Lunatic asylums Madras 1877-1891 - 1877-1891
Year: 1877
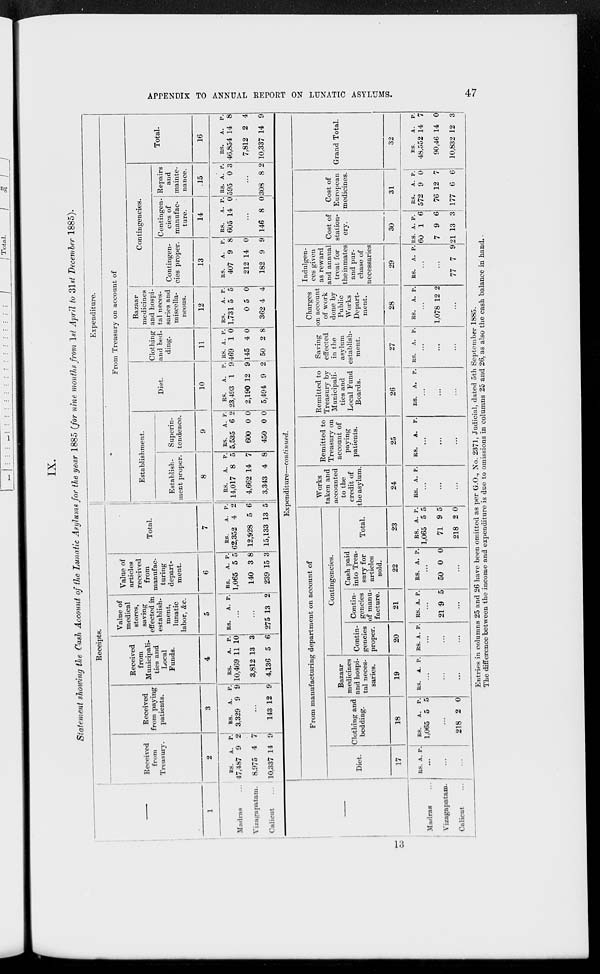
APPENDIX TO ANNUAL REPORT ON LUNATIC
ASYLUMS.
47
IX.
Statement showing the Cash Account of the Lunatic Asylums for the year 1885 (for nine months from 1st April to 31st December 1885).
1
Madras ...
Vizagapatam.
Calicut
Receipts.
Received
from
Treasury.
2
RS.
47,487
8,975
10,337
A.
9
4
14
P.
2
7
9
Received
from paying
patients.
3
RS.
3,329
A.
9
P.
9
...
143 12 9
Received
from
Municipali-
ties and
Local
Funds.
4
RS.
10,469
3,812
4,136
A.
11
13
5
P.
10
3
6
Value of
medical
stores,
saving
effected in
establish-
ment,
lunatic
labor, &c.
5
RS.
A. P.
...
...
275 13 2
Value of
articles
received
from
manufac-
turing
depart-
ment.
6
RS.
1,065
140
239
A.
5
3
15
P.
5
8
3
Total.
7
RS.
62,352
12,928
15,133
A.
4
5
13
P.
2
6
5
Expenditure.
From Treasury on account of
Establishment.
Establish-
ment proper.
8
RS.
14,017
4,662
3,343
A.
8
14
4
P.
5
7
8
Superin-
tendence.
9
RS.
5,535
600
450
A.
6
0
0
P.
2
0
0
Diet.
10
RS.
23,493
2,190
5,494
A.
1
12
9
P.
9
9
2
Clothing
and bed-
ding.
11
RS.
469
145
50
A.
1
4
2
P.
0
0
8
Bazaar
medicines
and hospi-
tal neces-
saries and
miscella-
neous.
12
RS.
1,731
0
362
A.
5
5
4
P.
5
0
4
Contingencies.
Contingen-
cies proper.
13
RS.
407
212
182
A.
9
14
9
P.
8
0
9
Contingen-
cies of
manufac-
ture.
14
RS.
605
A.
14
P.
0
...
146 8 0
Repairs
and
mainte-
nance.
15
RS.
595
A.
0
P.
3
...
308 8 2
Total.
16
RS.
46,854
7,812
10,337
A.
14
2
14
P.
8
4
9
Expenditure—continued.
Madras ...
Vizagapatam.
Calicut ...
From manufacturing department on account of
Diet.
17
RS. A. P.
...
...
...
Clothing and
bedding.
18
RS.
1,065
A.
5
P.
5
...
218 2 0
Bazaar
medicines
and hospi-
tal neces-
saries.
19
RS.
A. P.
...
...
...
Contingencies.
Contin-
gencies
proper.
20
RS. A. P.
...
...
...
Contin-
gencies
of manu-
facture.
21
RS. A P.
...
21 9 5
...
Cash paid
into Trea-
sury for
articles
sold.
22
RS. A. P.
...
50 0 0
...
Total.
23
RS.
1,065
71
218
A.
5
9
2
P.
5
5
0
Works
taken and
accounted
to the
credit of
the asylum.
24
RS. A. P.
...
...
...
Remitted to
Treasury on
account of
paying
patients.
25
RS.
A. P.
...
...
...
Remitted to
Treasury by
Municipali-
ties and
Local Fund
Boards.
26
RS.
A. P.
...
...
...
Saving
effected
in the
asylum
establish-
ment.
27
RS. A. P.
...
...
...
Charges
on account
of work
done by
Public
Works
Depart-
ment.
28
RS.
A. P.
...
1,078 12 2
...
Indulgen-
ces given
as reward
and annual
treat for
the inmates
and pur-
chase of
necessaries
29
RS.
A. P.
...
...
77 7 9
Cost of
station-
ery.
30
RS.
60
7
21
A.
1
9
13
P.
6
6
3
Cost of
European
medicines.
31
RS.
572
76
177
A.
9
12
6
P.
0
7
6
Grand Total.
32
RS.
48,552
90,46
10,832
A.
14
14
12
P.
7
0
3
13
Entries in columns 25 and 26 have been omitted as per G.O., No. 2371, Judicial, dated 5th September 1885.
The difference between the income and expenditure is due to omissions in columns 25 and 26, as also the cash balance in hand.